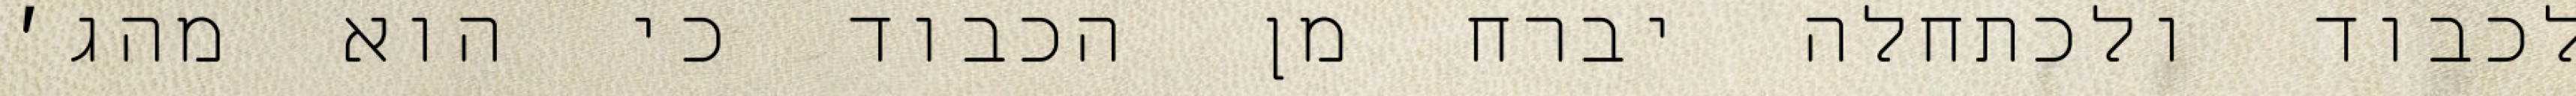
לכבוד ולכתחלה יברח מן הכבוד כי הוא מהג׳